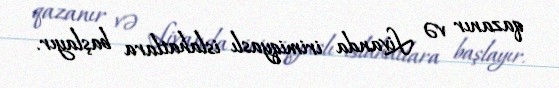
qazanır və Livanda irimiqyaslı islahatlara başlayır.